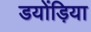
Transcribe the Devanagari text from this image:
डयोंड़िया